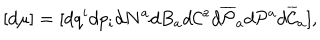
[ d \mu ] = [ d q ^ { i } d p _ { i } d N ^ { a } d B _ { a } d { \cal C } ^ { a } d \overline { { { \cal P } } } _ { a } d { \cal P } ^ { a } d \overline { { { \cal C } } } _ { a } ] ,